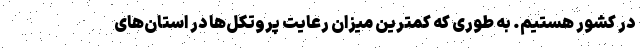
در کشور هستیم. به طوری که کمترین میزان رعایت پروتکل‌ها در استان‌های